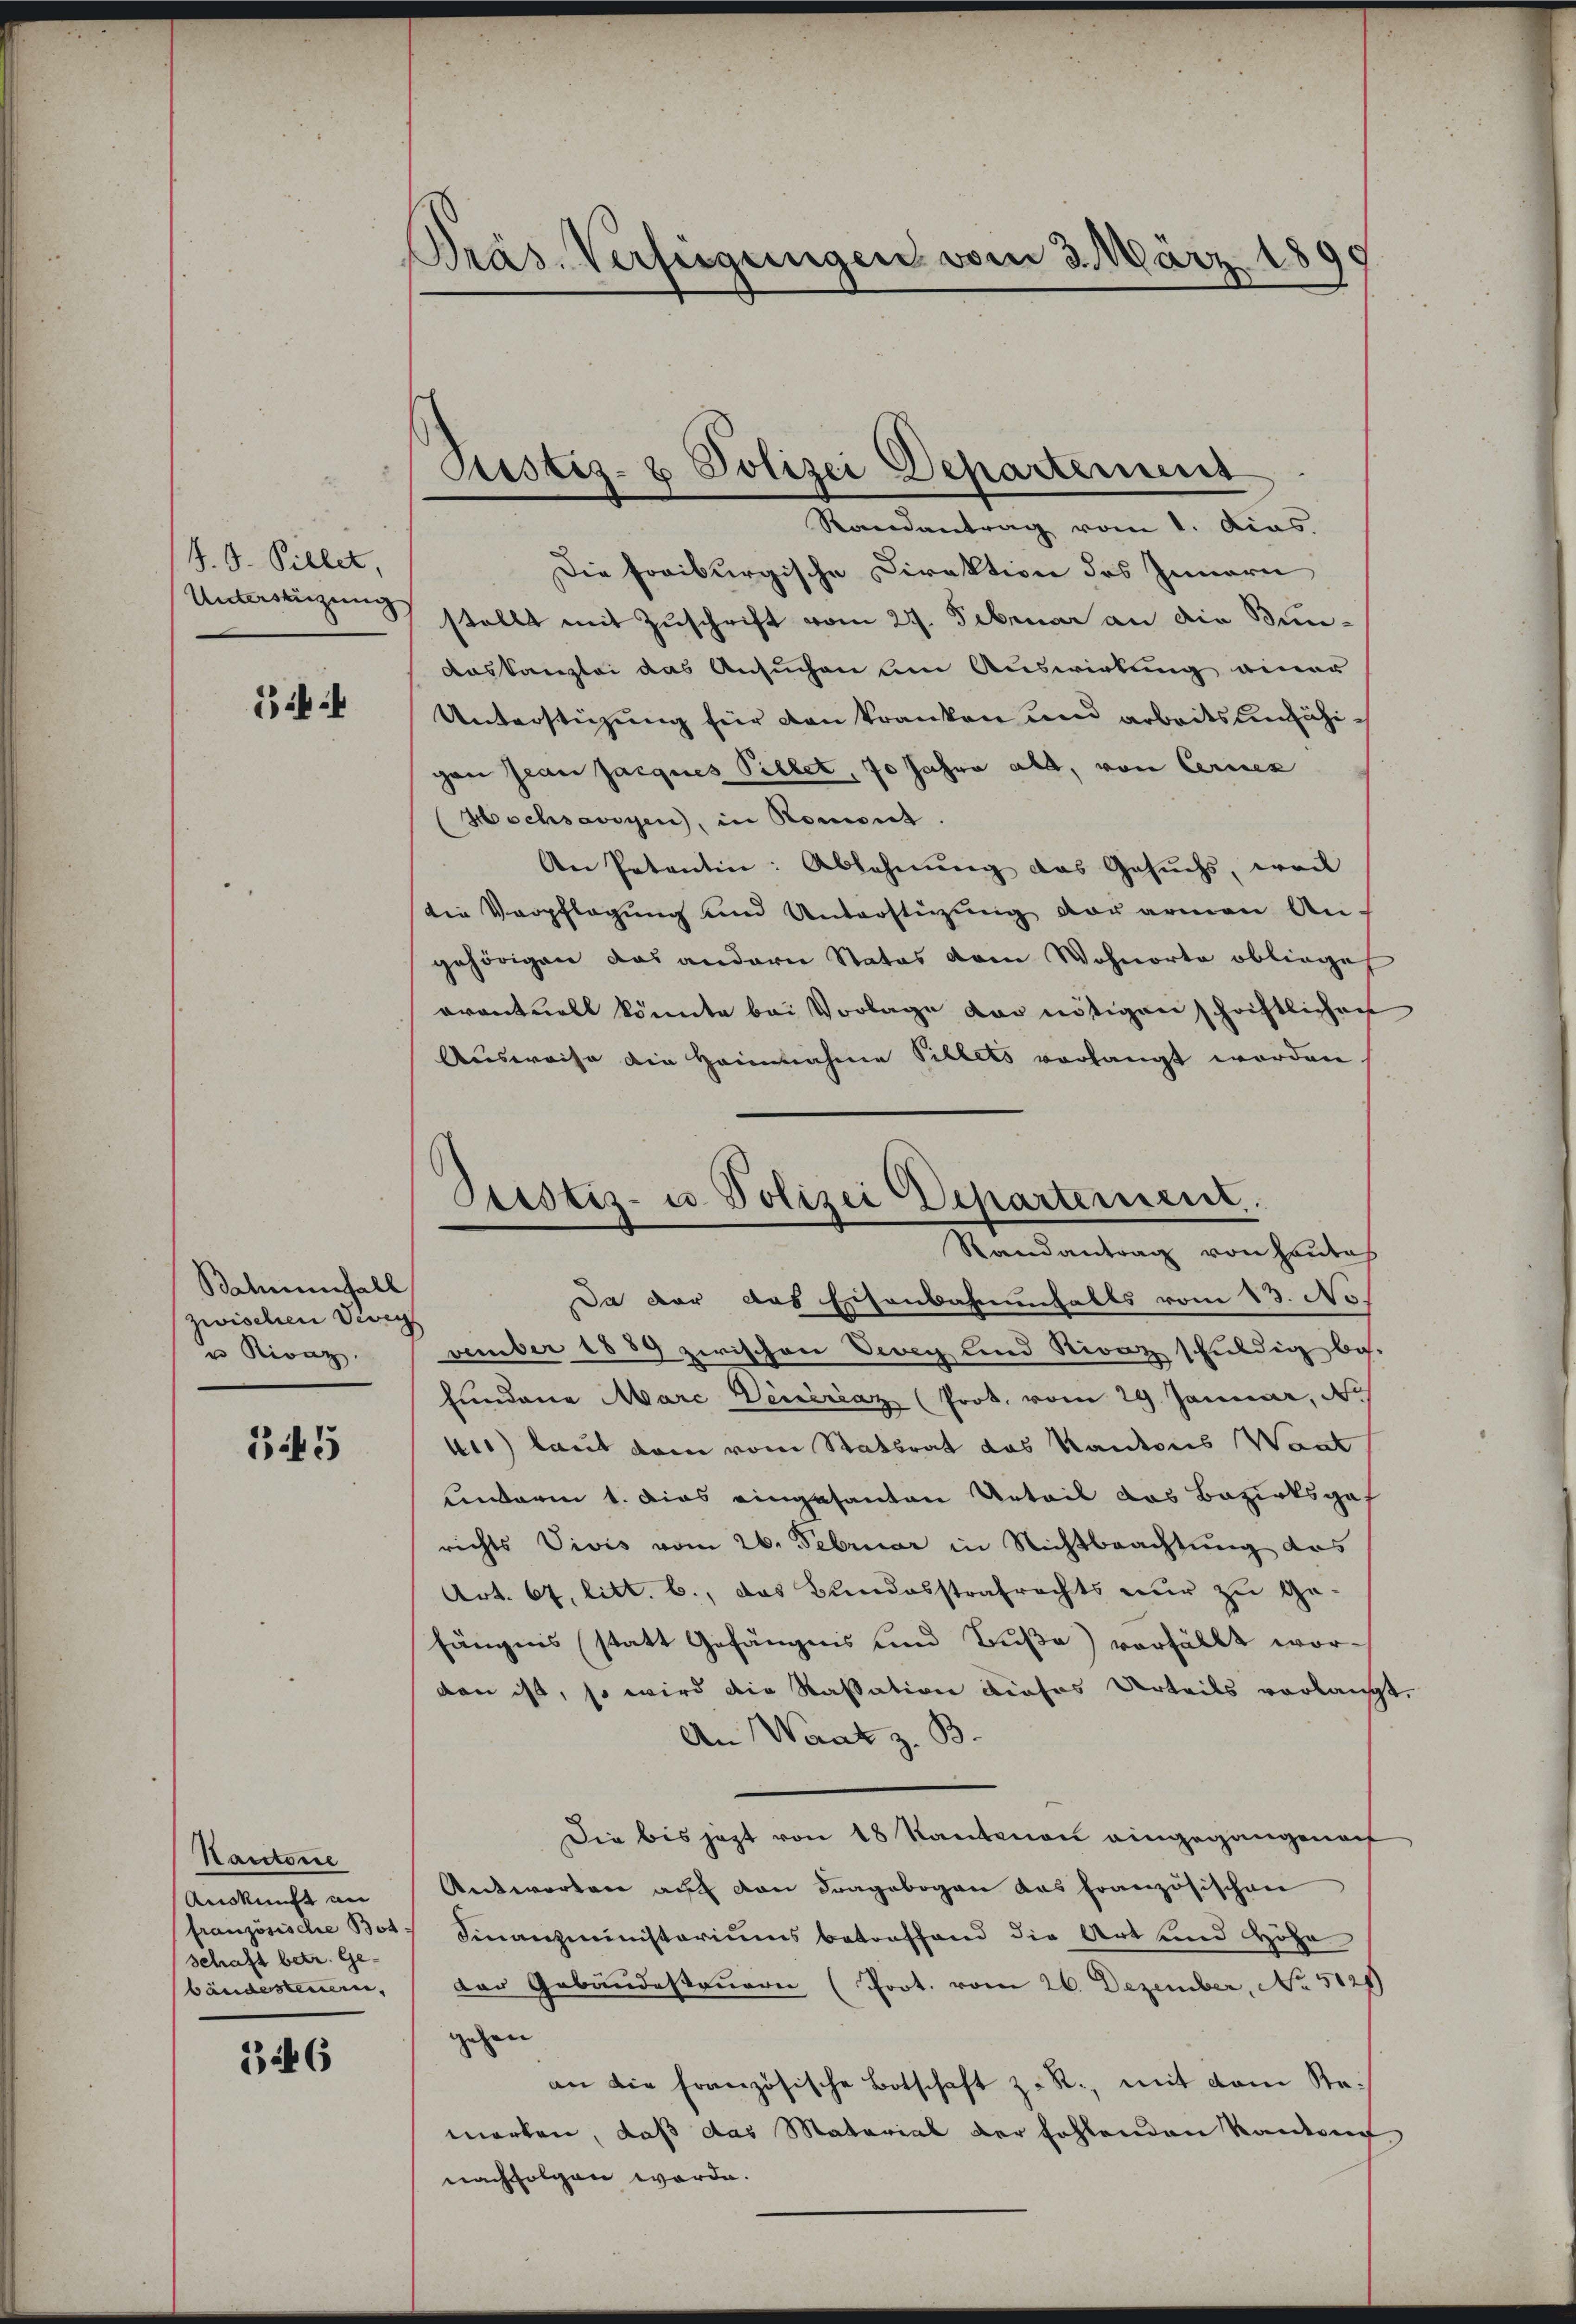
J. G. Pillet,
Unterstüzung

344

Balmenfall
zwischen Vevey
u Rivaz

3445

Nauctore
Auskunft an
französische Bot
schaft betr. Gebäudesteuern,

326

Präs. Verfügungen vom 3. März 1890

Justiz- & Polizei Departement
Randantrag vom 1. dies

Ptistiz- u. Polizei Departement.
Randantrag von Hautes

Die Freiburgische Direktion des Innern
stellt mit Zuschrift vom 27. Februar an die Bun-
Daskanzlei das Ansuchen um Auswirkung einer
Unterstüzung für den kranken und arbeitsunfähigan Jean Jacques Pillet, 70 Jahre alt, von Cerez
Hochsavoyen, in Romont
An Patentin: Ablehnŭng das Gesŭchs, weil
die Verpflegung und Unterstützŭng der armen An-
gehörigen das andern Statos dem Wohnorte obliege
eventuell könnte bei Vorlage der nötigen schriftlichen
Ausweise die Heinnahme Pillets vorhangt worden.
Da der das Eisenbahnenfalls vom 13. No
vember 1889 zwischen Vevey und Nivaz schuldig bes.
fundene Marc Veneraz (Prot. vom 29. Januar, d
tes) laut dem vom Statsrat das Kantons Want
Kinderm 1. dies eingesanten Urteil das Bezirksgef
richts Vivis vom 26. Februar in Nichtbeachtung das
Art. 67. litt. b., das Bundesstrafrechts nur zu ge-
hängenes statt Gefängnis und Buße) verfällt wordan ist, so wird die Kassation dieses Urteils vorlangt.
An Waat z. B.
Die bis jezt von 18 Kantonen eingegangeneh
Antworten auf von Fragebogen das Französischen
Finanzministeriums betreffend die Art und Höhe
der Gebäudesteuern (Prot. vom 26. Dezember, No 5125)
gehen
an die französische Botschaft z. R., mit dem Remerken, daß das Material der fehlenden Kantone
nachfolgen werde.